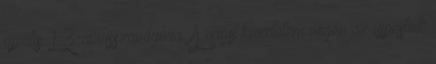
április 13-ai visszavágóra. A nagy küzdelem végén az újpestiek